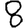
Digit: 8